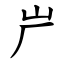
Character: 屵